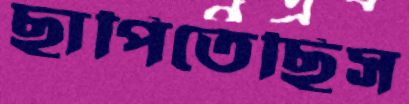
ছাপিতেছিস